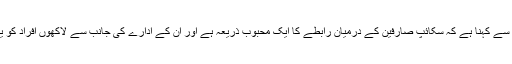
مائیکروسوفٹ کے چیف ایگزیکٹو سٹیو بالمر کا اس ڈیل کے حوالے سے کہنا ہے کہ سکائپ صارفین کے درمیان رابطے کا ایک محبوب ذریعہ ہے اور ان کے ادارے کی جانب سے لاکھوں افراد کو یہ پیغام دیا جاتا ہے کہ اب سکائپ، مائیکرو سوفٹ نے خرید لیا ہے۔